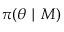
\pi ( \theta \mid M )